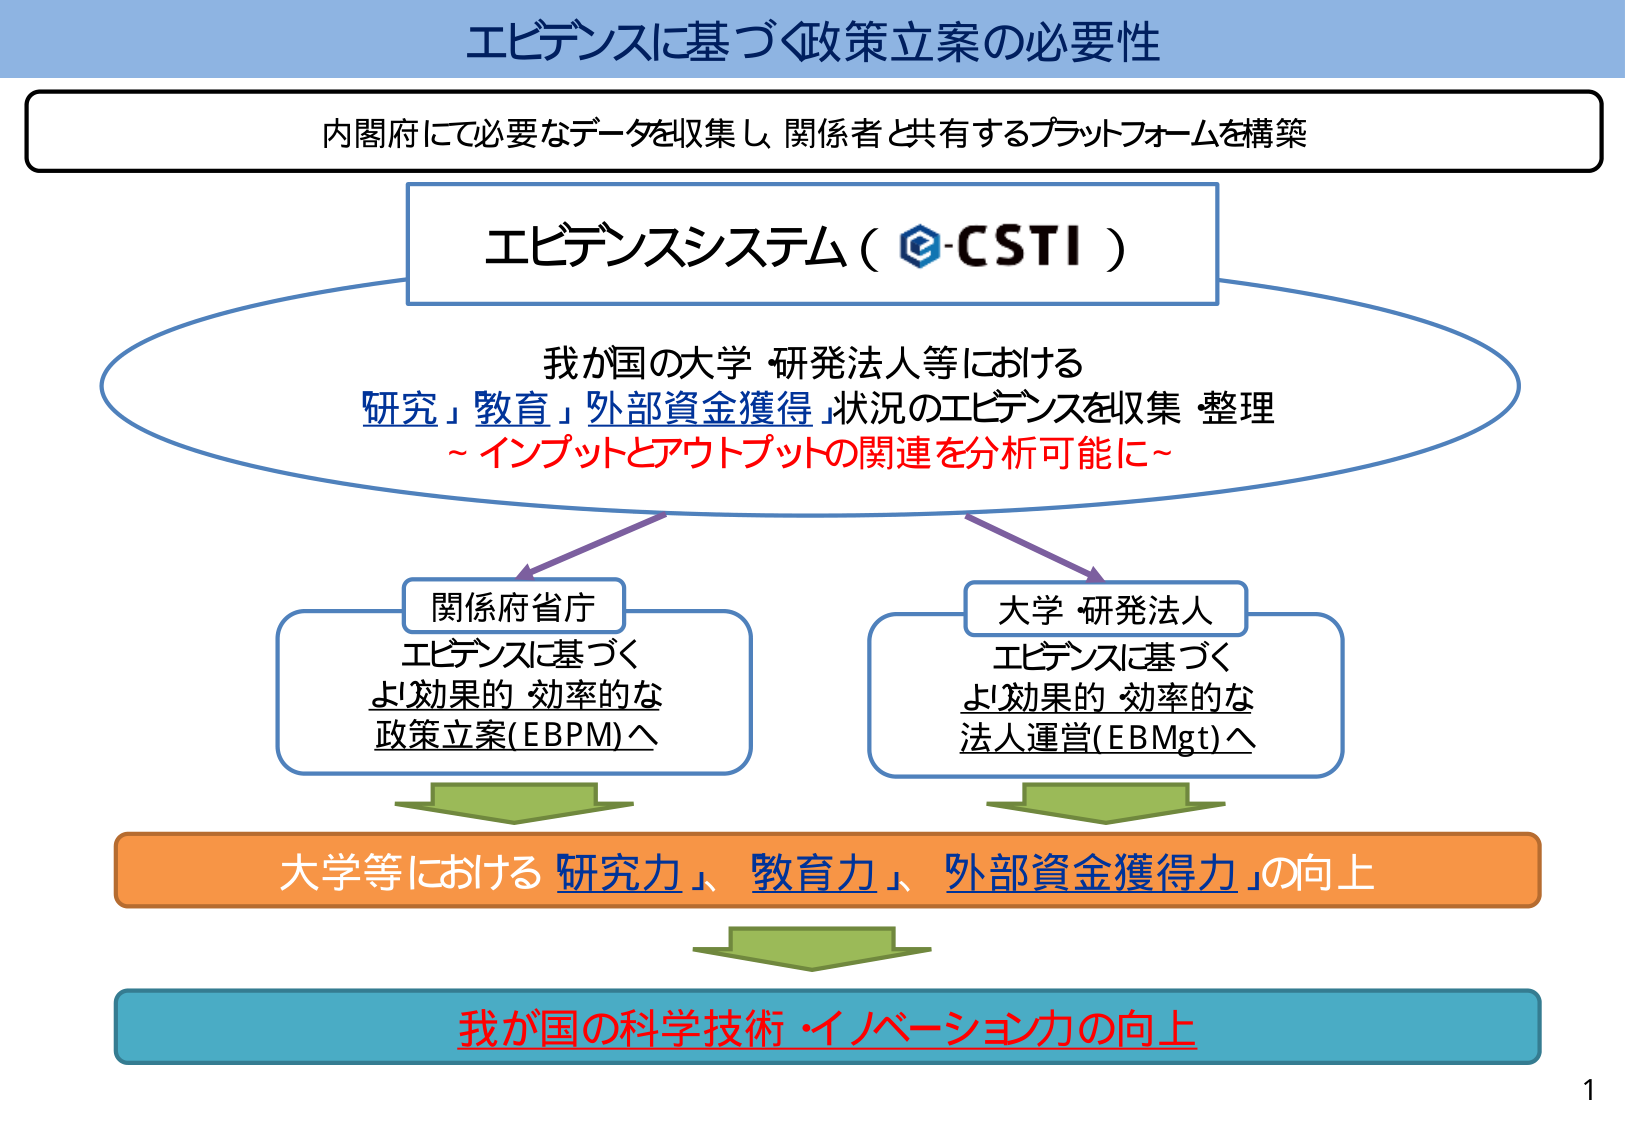
エビデンスに基づく政策立案の必要性

内閣府にて必要なデータを収集し、関係者と共有するプラットフォームを構築

エビデンスシステム（e-CSTI）

我が国の大学・研究法人等における
「研究」「教育」「外部資金獲得」状況のエビデンスを収集・整理
～インプットとアウトプットの関連を分析可能に～

関係府省庁
エビデンスに基づく
より効果的・効率的な
政策立案（EBPM）へ

大学・研究法人
エビデンスに基づく
より効果的・効率的な
法人運営（EBMgt）へ

大学等における「研究力」「教育力」「外部資金獲得力」の向上

我が国の科学技術・イノベーション力の向上

1